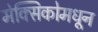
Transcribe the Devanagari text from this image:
मेक्सिकोमधून